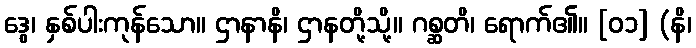
ဒွေ၊ နှစ်ပါးကုန်သော။ ဌာနာနိ၊ ဌာနတို့သို့။ ဂစ္ဆတိ၊ ရောက်၏။ [၀၁] (နိ၊